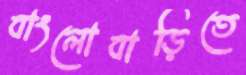
বাংলোবাড়িতে